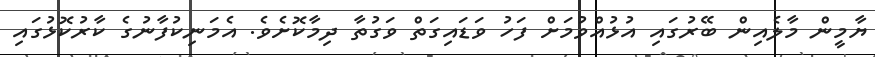
ޔާމީން މާލެއިން ބޭރުގައި އުޅުއްވުމަށް ފަހު ވަޑައިގަތް ވަގުތާ ދިމާކޮށެވެ. އެމަނިކުފާނުގެ ކާރުކޮޅުގައި